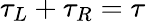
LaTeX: \tau_{L}+\tau_{R}=\tau